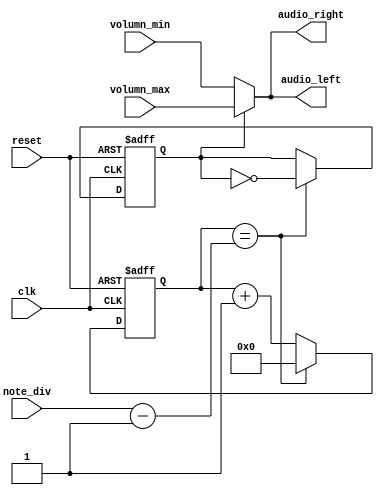
`timescale 1ns / 1ps
//////////////////////////////////////////////////////////////////////////////////
// Company: 
// Engineer: 
// 
// Design Name: 
// Module Name: note_gen
// Project Name: 
// Target Devices: 
// Tool Versions: 
// Description: 
// 
// Dependencies: 
// 
// Revision:
// Revision 0.01 - File Created
// Additional Comments:
// 
//////////////////////////////////////////////////////////////////////////////////


module note_gen(
    input clk,
    input reset,
    input [21:0] note_div,
    output [15:0] audio_left,
    output [15:0] audio_right,
    input [15:0] volumn_min,
    input [15:0] volumn_max
    );
    
reg [21:0] clk_cnt_next, clk_cnt;
reg b_clk;

assign audio_left = (b_clk == 1'b0) ? volumn_min : volumn_max;
assign audio_right = (b_clk == 1'b0) ? volumn_min : volumn_max;

always @(posedge clk or negedge reset)
begin
    if(~reset)
    begin 
        clk_cnt <= 22'd0;
        b_clk <= 0;
    end
    else
    begin
        clk_cnt <= clk_cnt_next;
        if (clk_cnt == note_div - 22'd1)
        begin
            clk_cnt <= 22'd0;
            b_clk <= ~b_clk;
        end
    end
end

always @*
begin
    clk_cnt_next <= clk_cnt + 22'd1;
end

endmodule